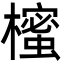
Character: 櫁